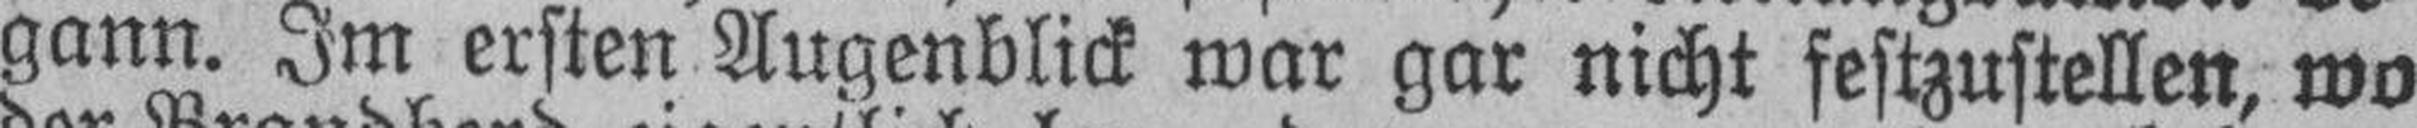
gann. Im ersten Augenblick war gar nicht festzustellen, wo